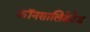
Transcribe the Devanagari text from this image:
कॉनसालिडेटेड